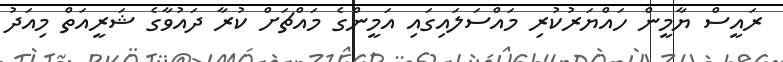
ރައީސް ޔާމީން ހައްޔަރުކުރި މައްސަލައިގައި އަމީންގެ މައްޗަށް ކުރާ ދައުވާގެ ޝަރީއަތް މިއަދު